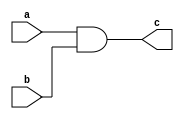
module Vector(a, b, c);

	////////////////////////////////////////////////////////////////////////////////////////////////////////////////////
	// I/O declarations

	(* LOC = "P20 P19" *)
	input wire[1:0] a;

	(* LOC = "P18 P17" *)
	input wire[1:0] b;

	(* LOC = "P16 P15" *)
	output wire[1:0] c;

	////////////////////////////////////////////////////////////////////////////////////////////////////////////////////
	// The actual logic

	assign c = a & b;

endmodule